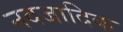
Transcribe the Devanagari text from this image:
नवजादिक